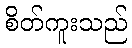
စိတ်ကူးသည်